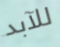
للآبد